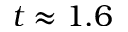
t \approx 1 . 6